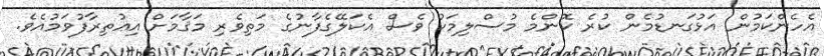
އެހެންކަމުން އަޅުގަނޑުމެން ކުރެ ކޮންމެ މުސްލިމަކު ވެސް އެކަލޭގެފާނުގެ މަތިވެރި މަޤާމަށް އިޢުތިރާފުވަމުއެވެ.